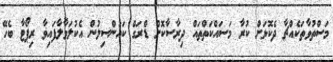
މަސްތުވާތަކެއްޗާ ދެކޮޅަށް ކުރާ މަސައްކަތްތައް ދިރާސާކޮށް ޑްރަގް ކައުންސިލުން އެކުލަަވާލާފައިވާ ރިޕޯޓާ ބެހޭ